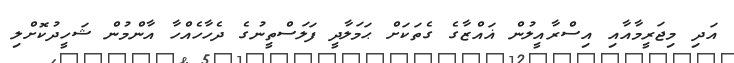
އަދި މިޖަރީމާއާއި އިސްރާއީލުން ޣައްޒާގެ ގެތަކަށް ޙަމަލާދީ ފަލަސްތީނުގެ ދެހާހެއްހާ އާންމުން ޝަހީދުކޮށްލި